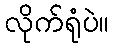
လိုက်ရုံပဲ။